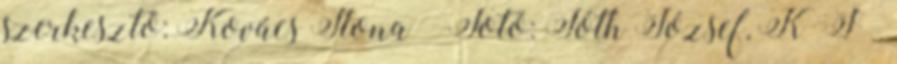
szerkesztő: Kovács Ilona · Fotó: Tóth József, KᵒJ ·